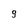
Character: 9